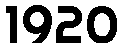
1920